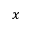
x